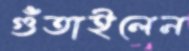
গুঁতাইলেন